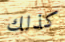
كذلك